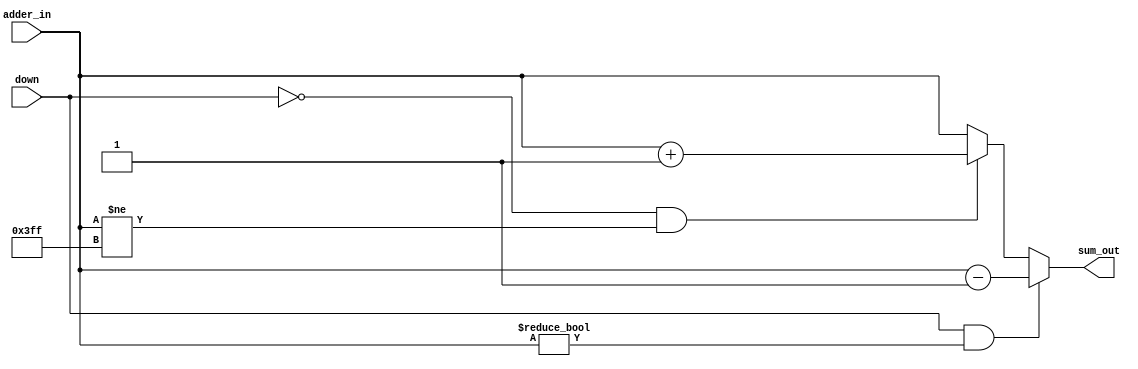
module veri_phase_comp_adder(adder_in,down,sum_out);

input [9:0] adder_in;  //From the registers
input down;

output [9:0] sum_out;
reg    [9:0] sum_out;

always@(adder_in or down)
  if(down == 1'b1 && adder_in != 10'h0)
     sum_out <= adder_in - 1'b1;
  else
  if(down == 1'b0 && adder_in != 10'h3FF)
     sum_out <= adder_in + 1'b1;
  else
     sum_out <= adder_in;

endmodule